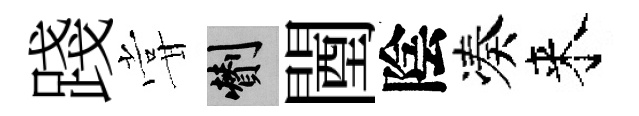
踐甞剪闉陰凑来